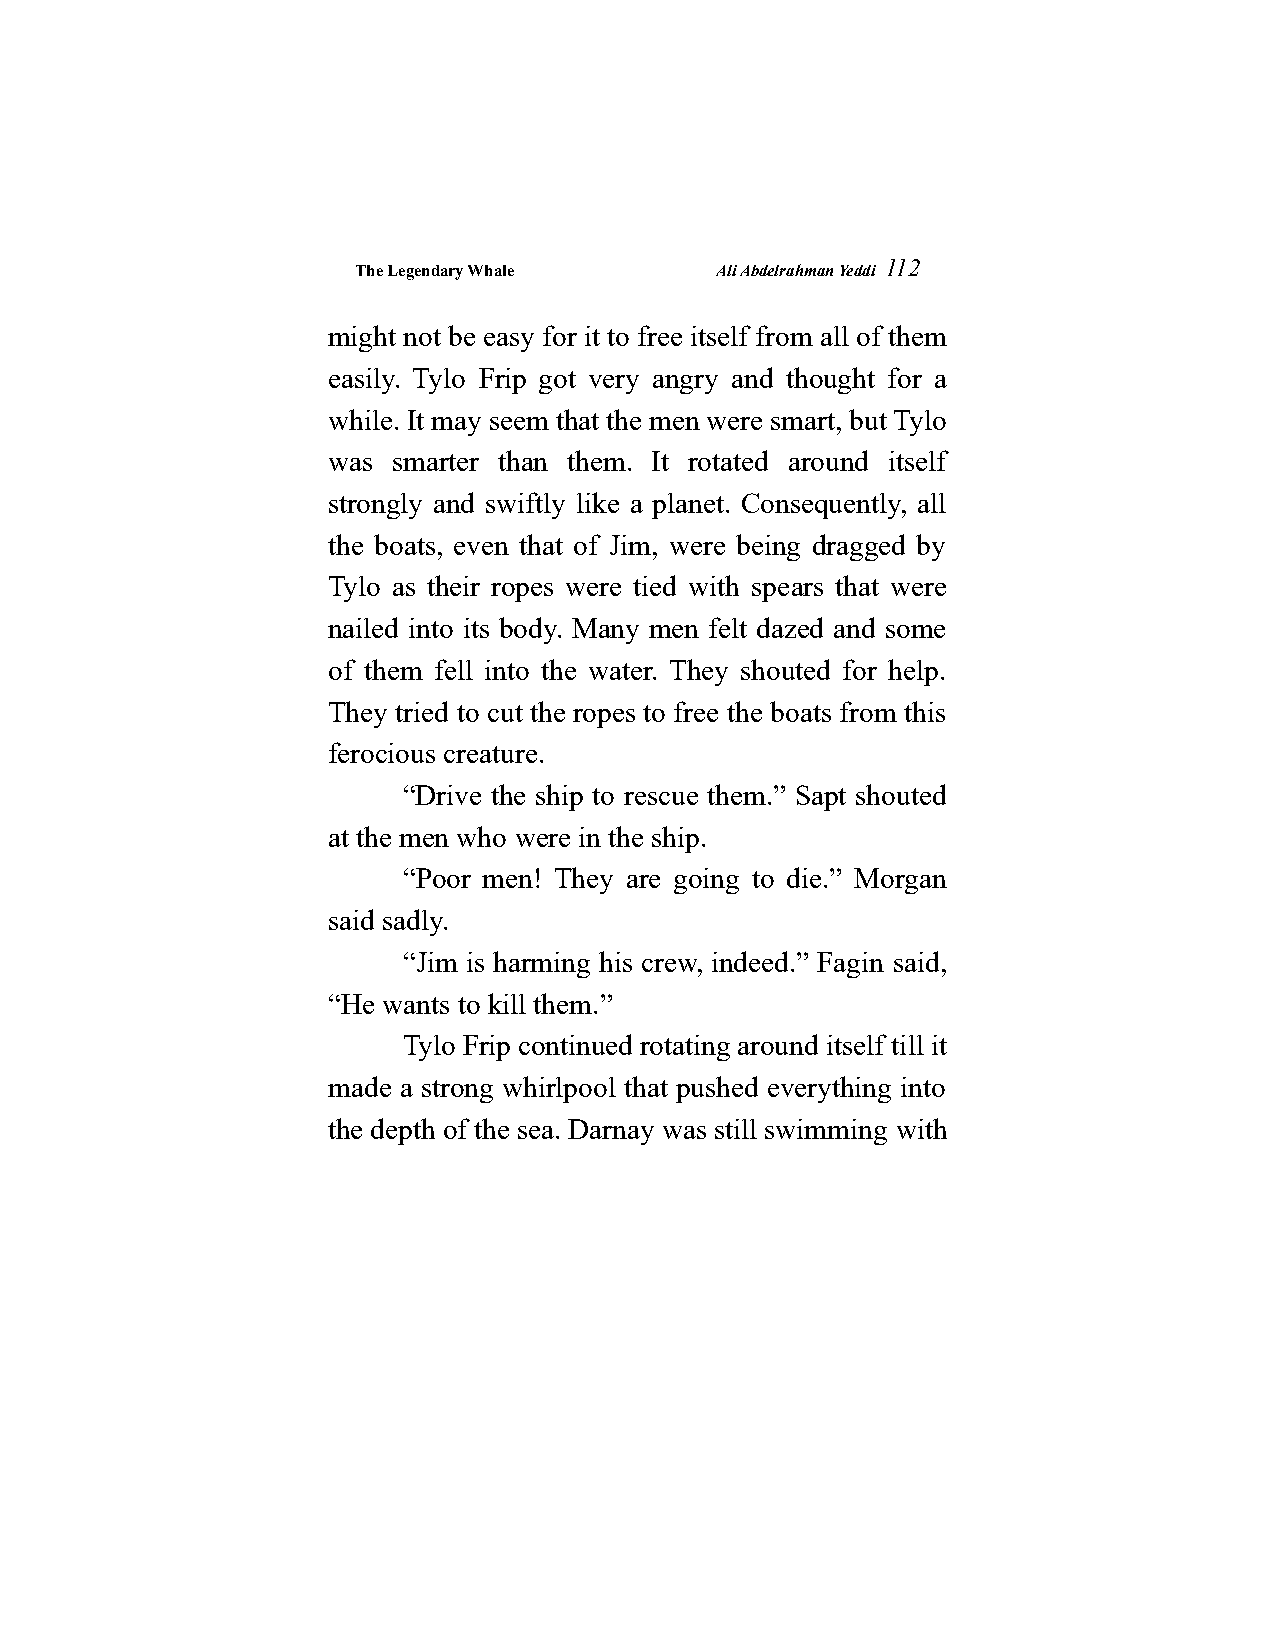
The Legendary Whale    Ali Abdelrahman Yeddi
 112
 might not be easy for it to free itself from all of them
 easily. Tylo Frip got very angry and thought for a
 while. It may seem that the men were smart, but Tylo
 was smarter than them. It rotated around itself
 strongly and swiftly like a planet. Consequently, all
 the boats, even that of Jim, were being dragged by
 Tylo as their ropes were tied with spears that were
 nailed into its body. Many men felt dazed and some
 of them fell into the water. They shouted for help.
 They tried to cut the ropes to free the boats from this
 ferocious creature.
 “Drive the ship to rescue them.” Sapt shouted
 at the men who were in the ship.
 “Poor men! They are going to die.” Morgan
 said sadly.
 “Jim is harming his crew, indeed.” Fagin said,
 “He wants to kill them.”
 Tylo Frip continued rotating around itself till it
 made a strong whirlpool that pushed everything into
 the depth of the sea. Darnay was still swimming with